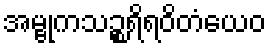
အမ္ဗုကသဉ္စရိရဝိတံယေဝ